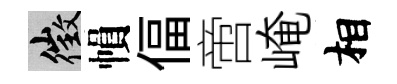
徵𢄙偪啻崦相